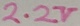
Text: 2.2V